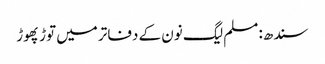
سندھ: مسلم لیگ نون کے دفاتر میں توڑ پھوڑ